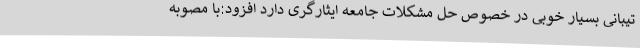
تیبانی بسیار خوبی در خصوص حل مشکلات جامعه ایثارگری دارد افزود:با مصوبه